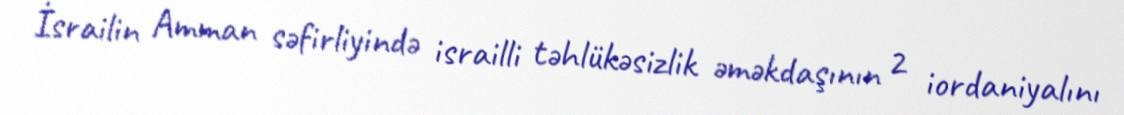
İsrailin Amman səfirliyində israilli təhlükəsizlik əməkdaşının 2 iordaniyalını